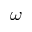
\omega